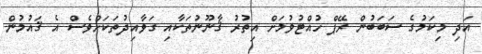
އަދި މިކަމުގެ ސަބަބުން ރޭޕް ހުއްޓުވުމަށް އިތުރު ޤާނޫނުތަކާއި ގަވާއިދުތަކަށްވެސް އެ ޤައުމުން